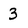
Character: 3